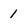
Character: 1